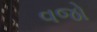
વજો